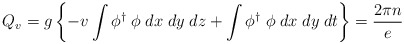
\begin{align*}Q_v = g \left\{ -v \int \phi^{\dagger}\;\phi\;dx\;dy\;dz + \int\phi^{\dagger}\;\phi\;dx\;dy\;dt\right\}=\frac{2\pi n}{e}\end{align*}